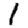
Digit: 1